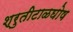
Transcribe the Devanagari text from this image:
श्रुतीटाळघोष